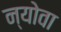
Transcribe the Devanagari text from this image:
न्योवा